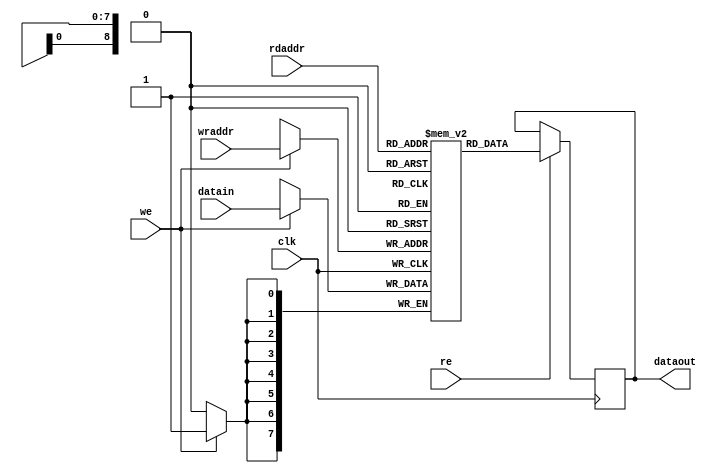
module mem512b
(
	input  wire clk,

	input  wire re,
	input  wire [8:0] rdaddr,
	output reg  [7:0] dataout,

	input  wire we,
	input  wire [8:0] wraddr,
	input  wire [7:0] datain
);

	reg [7:0] mem[0:511]; // memory block



	always @(posedge clk)
	if( re )
		dataout <= mem[rdaddr];

	always @(posedge clk)
	if( we )
		mem[wraddr] <= datain;

endmodule